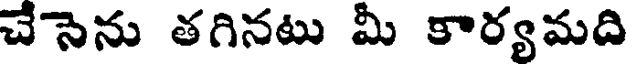
చేసెను తగినటు మీ కార్యమది